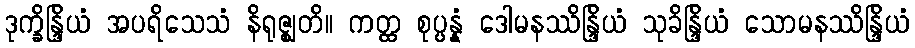
ဒုက္ခိန္ဒြိယံ အပရိသေသံ နိရုဇ္ဈတိ။ ကတ္ထ စုပ္ပန္နံ ဒေါမနဿိန္ဒြိယံ သုခိန္ဒြိယံ သောမနဿိန္ဒြိယံ